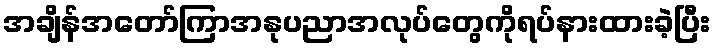
အချိန်အတော်ကြာအနုပညာအလုပ်တွေကိုရပ်နားထားခဲ့ပြီး